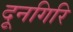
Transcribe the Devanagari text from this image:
दूनगिरि